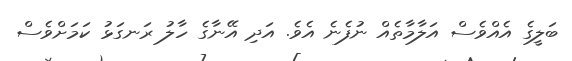
ބަލީގެ އެއްވެސް އަލާމާތެއް ނުފެނެ އެވެ. އަދި އޭނާގެ ހާލު ރަނގަޅު ކަމަށްވެސް